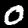
Label: 0